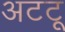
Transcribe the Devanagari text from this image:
अटटू